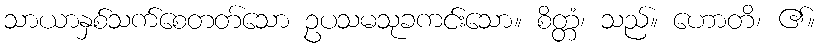
သာယာနှစ်သက်စေတတ်သော ဥပသမသုခကင်းသော။ စိတ္တံ၊ သည်။ ဟောတိ၊ ၏။